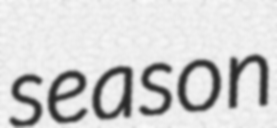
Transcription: season